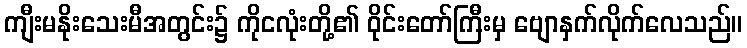
ကျီးမနိုးသေးမီအတွင်း၌ ကိုငလုံးတို့၏ ဝိုင်းတော်ကြီးမှ ဗျောနှက်လိုက်လေသည်။